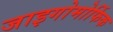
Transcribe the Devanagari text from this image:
जाइगोमोर्फिक